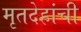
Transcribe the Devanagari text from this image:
मृतदेहांची